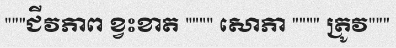
"""ជីវភាព ខ្វះខាត """" សោភា """" ត្រូវ"""